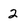
Character: 2